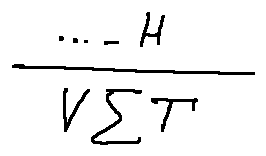
\frac { \cdots - H } { V \sum T }